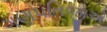
ગણપતિજીએ